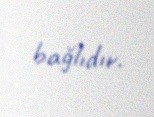
bağlıdır.